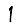
Digit: 1